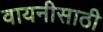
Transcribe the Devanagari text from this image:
वायनीसाठी